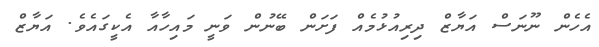
އެހެން ނޫނަސް އަޔާޒް ދިރިއުޅުމެއް ފަށަން ބޭނުން ވަނީ މައިހާއާ އެކީގައެވެ. އަޔާޒް